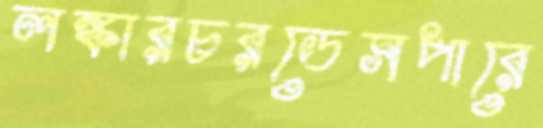
লঙ্কারচরডেসপারে